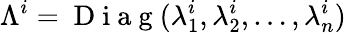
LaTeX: \Lambda^{i}=\mathrm{~D~i~a~g~}(\lambda_{1}^{i},\lambda_{2}^{i},\dots,\lambda_{n}^{i})